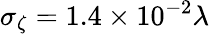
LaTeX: \sigma_{\zeta}=1.4\times 10^{-2}\lambda